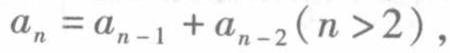
\(a_{n}=a_{n - 1}+a_{n - 2}(n > 2)\)